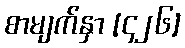
စာမျက်နှာ [၄၂၆]